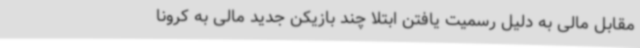
مقابل مالی به دلیل رسمیت یافتن ابتلا چند بازیکن جدید مالی به کرونا